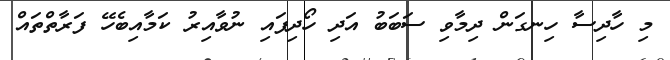
މި ހާދިސާ ހިނގަން ދިމާވި ސަބަބު އަދި ހޯދިފައި ނުވާއިރު ކަމާއިބެހޭ ފަރާތްތައް